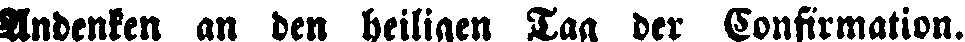
Andenken an den heiligen Tag der Confirmation.